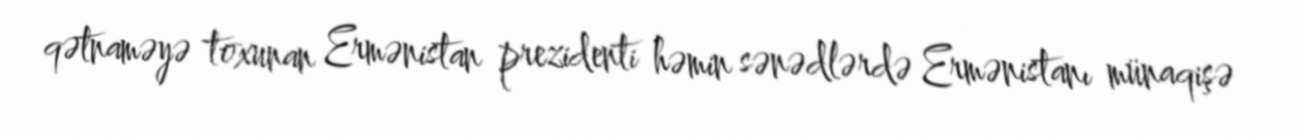
qətnaməyə toxunan Ermənistan prezidenti həmin sənədlərdə Ermənistanı münaqişə